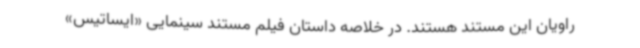
راویان این مستند هستند. در خلاصه داستان فیلم مستند سینمایی «ایساتیس»